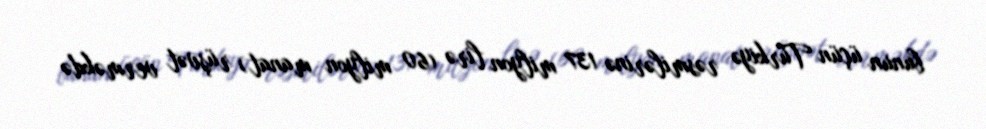
bunun üçün Türkiyə rəsmilərinə 137 milyon lirə (60 milyon manat) rüşvət verməkdə